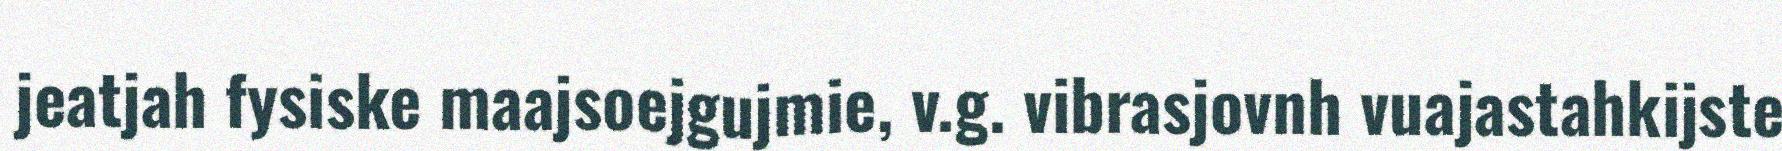
jeatjah fysiske maajsoejgujmie, v.g. vibrasjovnh vuajastahkijste